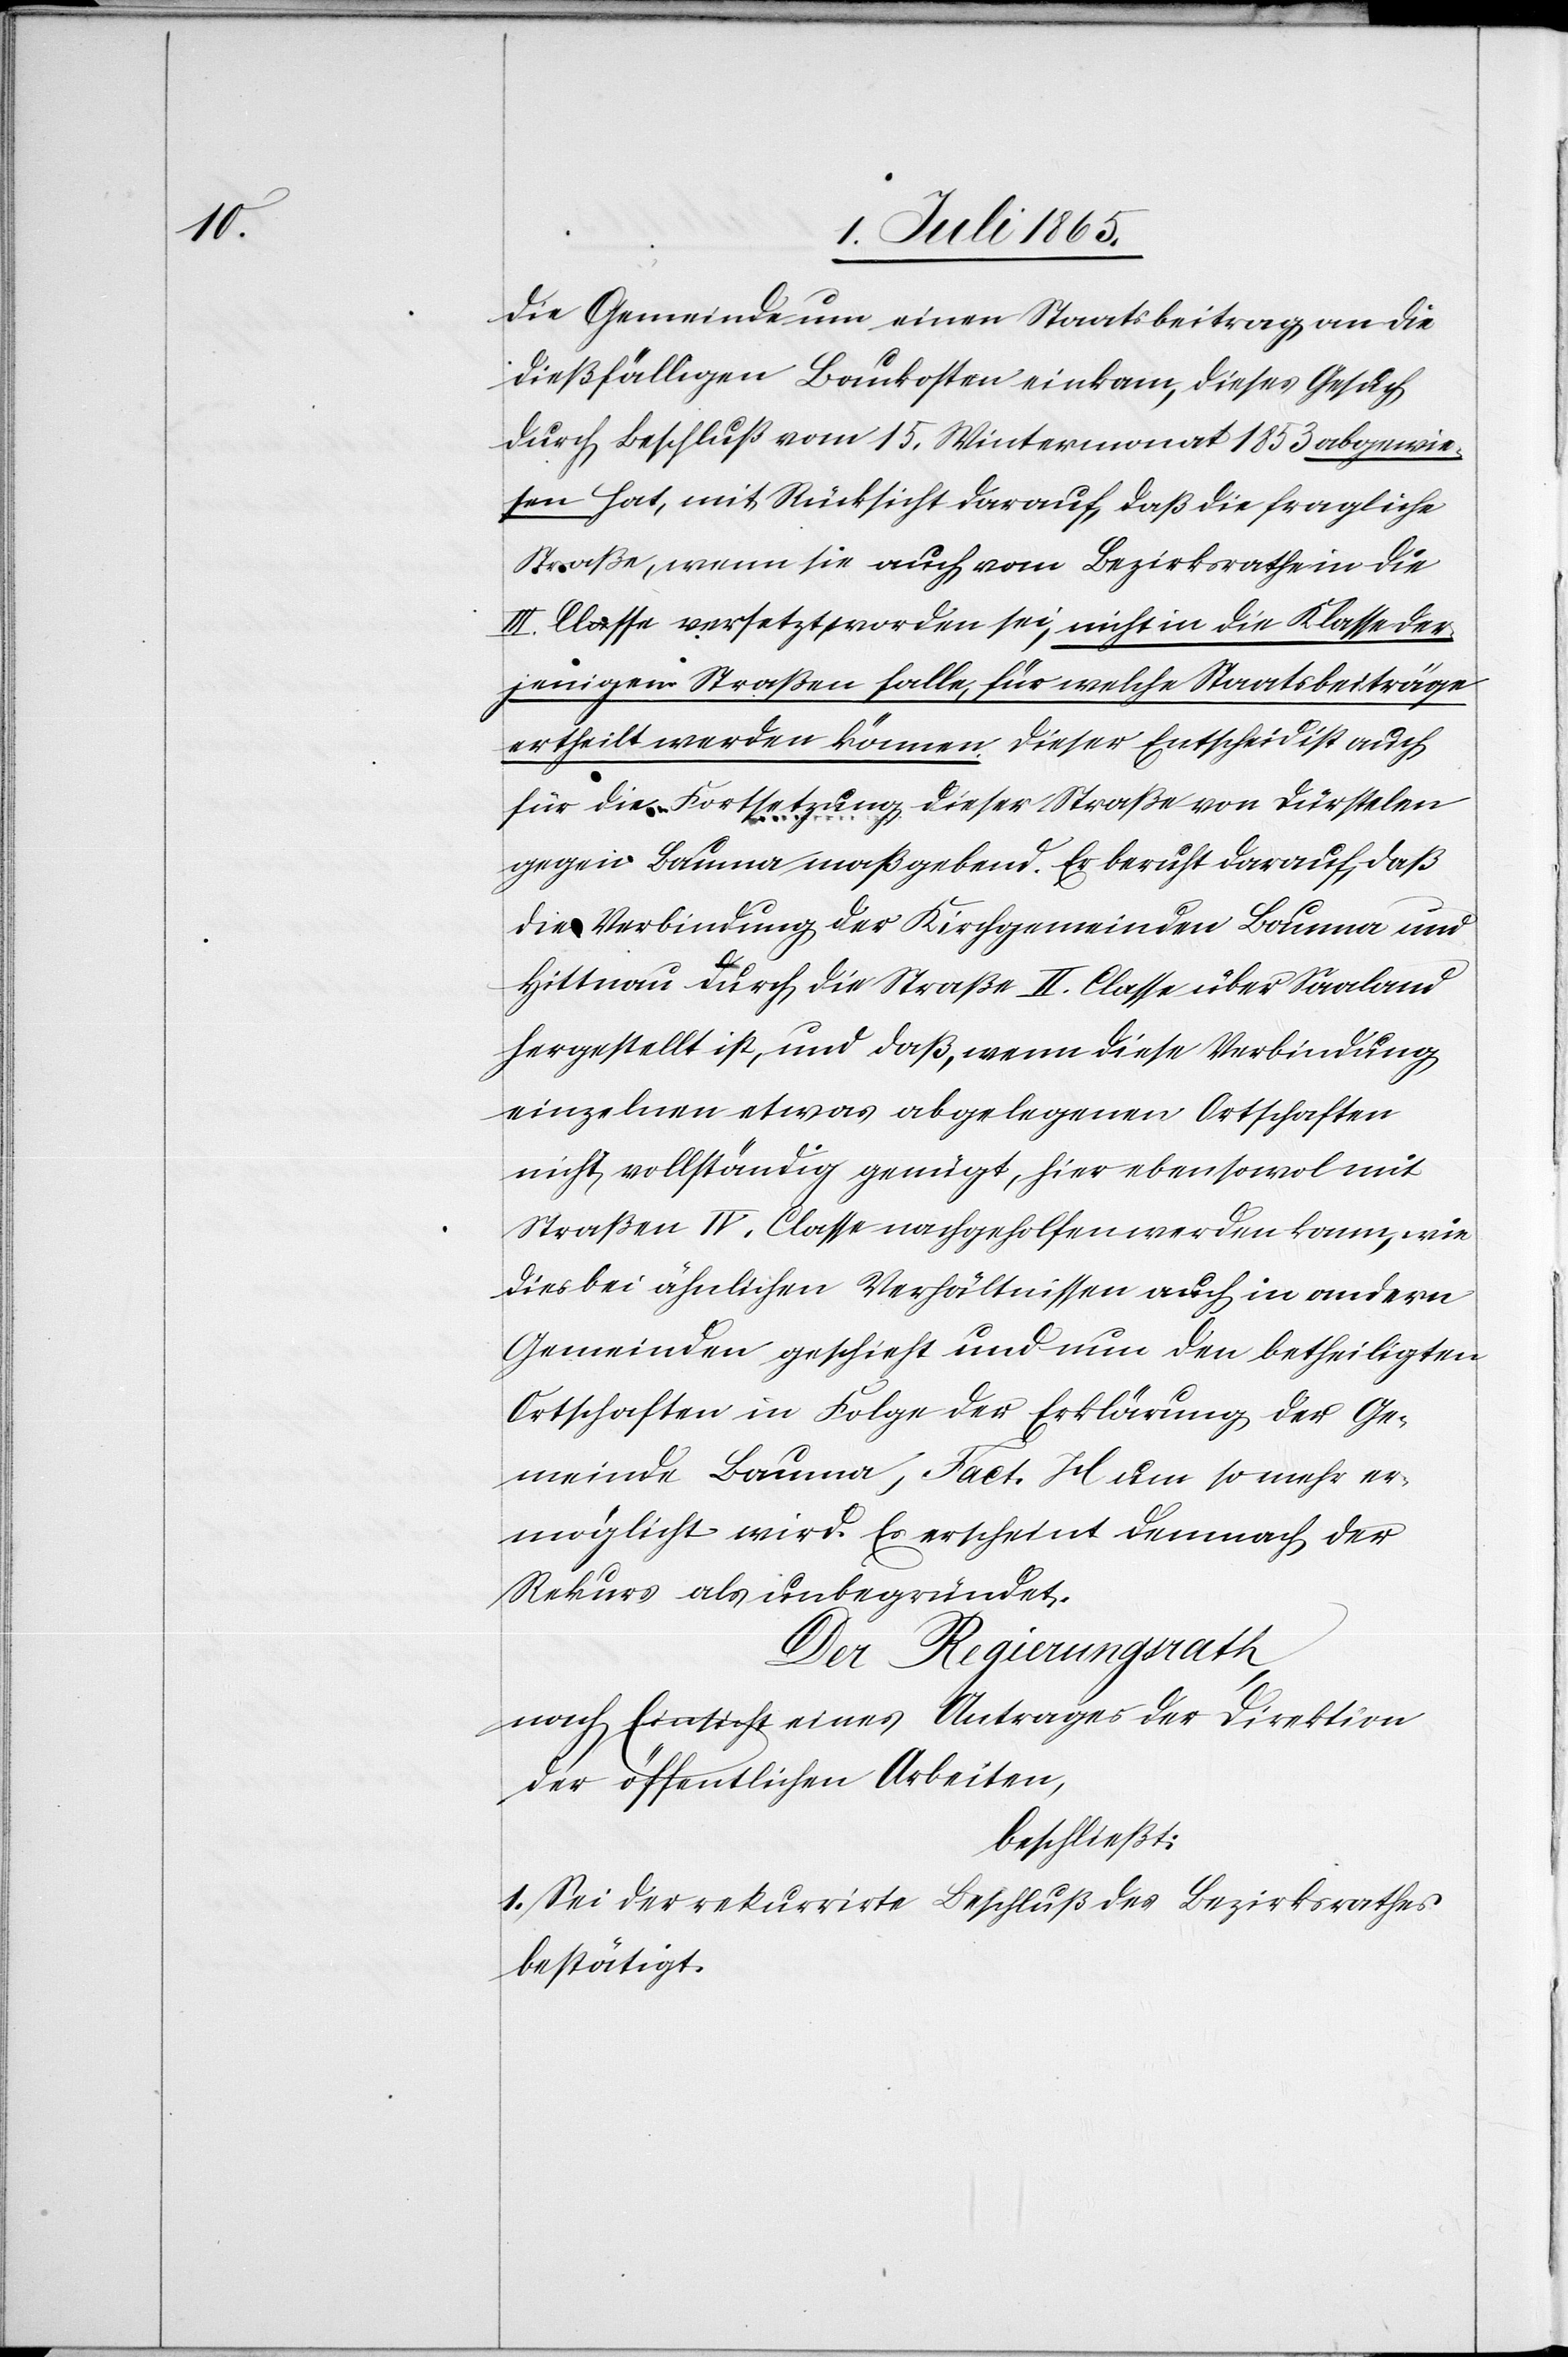
die Gemeinde um einen Staatsbeitrag an die
dießfälligen Baukosten einkam, dieses Gesuch
durch Beschluß vom 15. Wintermonat 1853 abgewie¬
sen hat, mit Rücksicht darauf, daß die fragliche
Straße, wenn sie auch vom Bezirksrathe in die
III. Classe versetzt worden sei, nicht in die Klasse der¬
jenigen Straßen falle, für welche Staatsbeiträge
ertheilt werden können. Dieser Entscheid ist auch
für die Fortsetzung dieser Straße von Dürstelen
gegen Bauma maßgebend. Er beruht darauf, daß
die Verbindung der Kirchgemeinden Bauma und
Hittnau durch die Straße II. Classe über Saaland
hergestellt ist, und daß, wenn diese Verbindung
einzelnen etwas abgelegenen Ortschaften
nicht vollständig genügt, hier ebensowol mit
Straßen IV. Classe nachgeholfen werden kann, wie
diese bei ähnlichen Verhältnissen auch in andern
Gemeinden geschieht und nun den betheiligten
Ortschaften in Folge der Erklärung der Ge¬
meinde Bauma, Fact. H. um so mehr er¬
möglicht wird. Es erscheint demnach der
Rekurs als unbegründet.
Der Regierungsrath
nach Einsicht eines Antrages der Direktion
der öffentlichen Arbeiten,
beschließt:
1. Sei der rekurrirte Beschluß des Bezirksrathes
bestätigt.